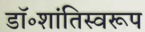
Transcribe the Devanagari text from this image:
डॉ॰शांतिस्वरूप